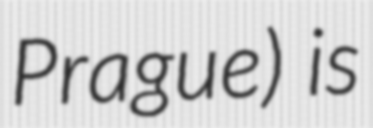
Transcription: Prague) is